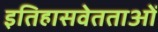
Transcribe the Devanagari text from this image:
इतिहासवेतताओं